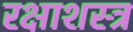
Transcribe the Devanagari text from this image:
रक्षाशस्त्र